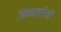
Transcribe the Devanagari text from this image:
डिंबवाहनियों